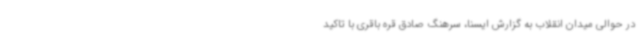
در حوالی میدان انقلاب به گزارش ایسنا، سرهنگ صادق قره باقری با تاکید